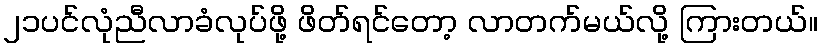
၂၁ပင်လုံညီလာခံလုပ်ဖို့ ဖိတ်ရင်တော့ လာတက်မယ်လို့ ကြားတယ်။